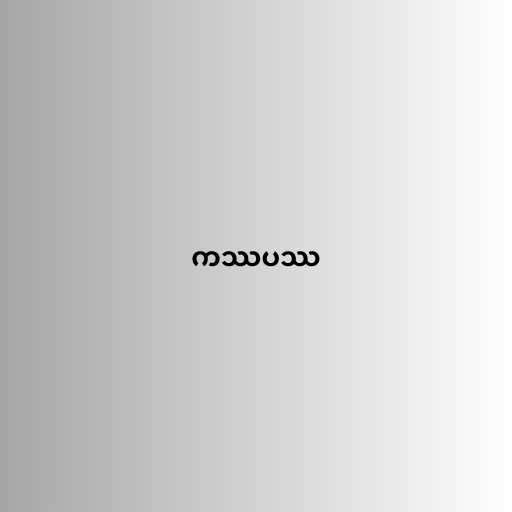
ကဿပဿ